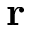
\mathbf { r }